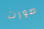
صورت